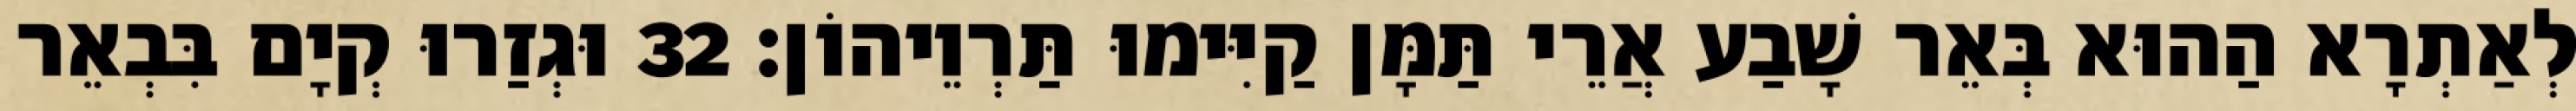
לְאַתְרָא הַהוּא בְּאֵר שָׁבַע אֲרֵי תַּמָּן קַיִּימוּ תַּרְוֵיהוֹן׃ 32 וּגְזַרוּ קְיָם בִּבְאֵר